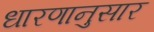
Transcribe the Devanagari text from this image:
धारणानुसार